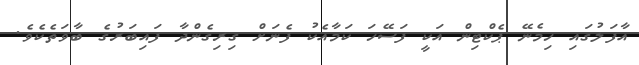
އާފަލުގައި ހިމެނޭ ޕެކްޓިން އަކީ ފަސޭހަ ކަމާއެކު ފެނަށް ގިރިގެންދާ ފައިބަރުގެ ބާވަތެކެވެ.